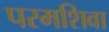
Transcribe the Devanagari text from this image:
परमशिवा